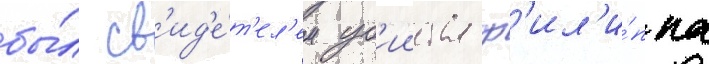
бы́л св'ид'е́т'ел'ем уб'ииства ф'ил'и́ппа